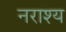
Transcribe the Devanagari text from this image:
नराश्य